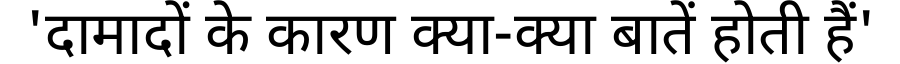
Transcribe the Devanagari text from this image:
'दामादों के कारण क्या-क्या बातें होती हैं'